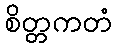
စိတ္တကတံ